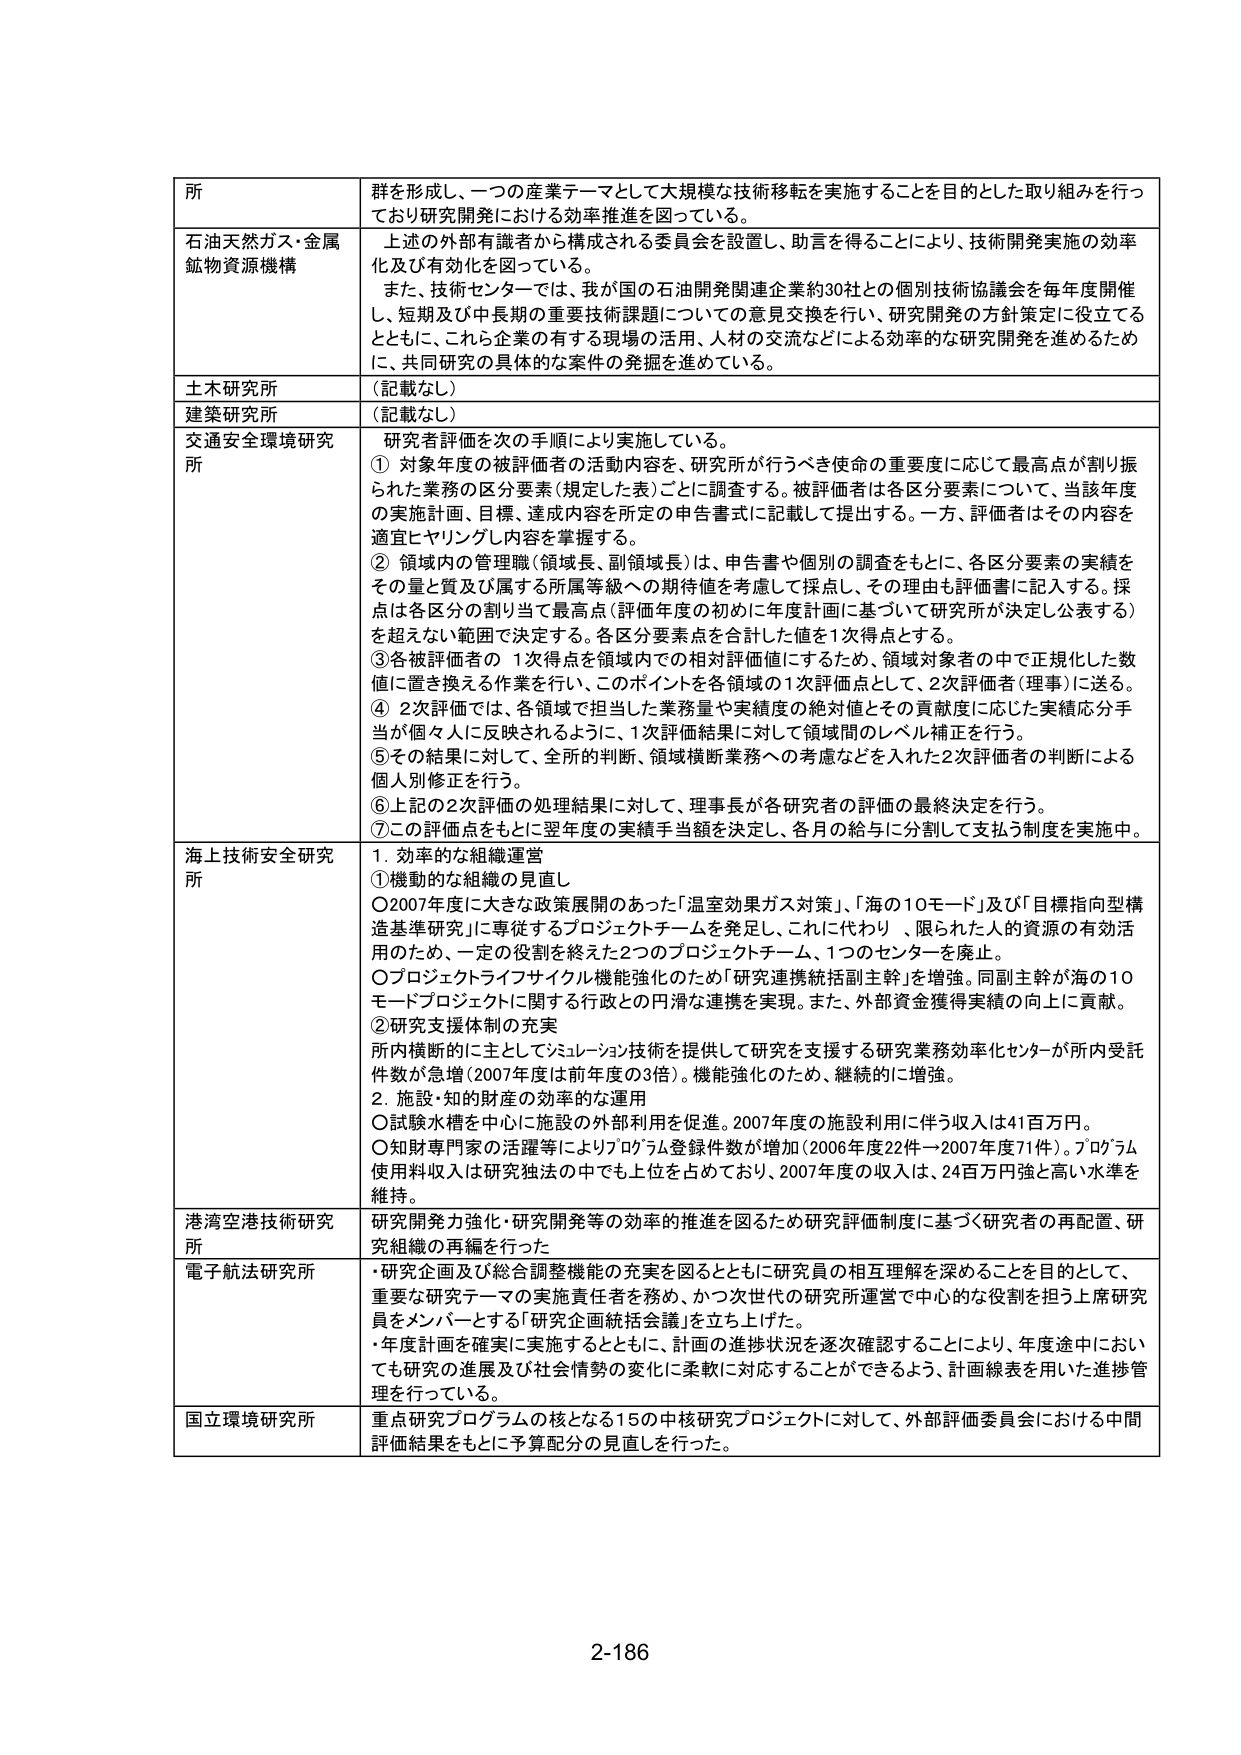
所 群を形成し、一つの産業テーマとして大規模な技術移転を実施することを目的とした取り組みを行っており研究開発における効率推進を図っている。

石油天然ガス・金属鉱物資源機構 上述の外部有識者から構成される委員会を設置し、助言を得ることにより、技術開発実施の効率化及び有効化を図っている。 また、技術センターでは、我が国の石油開発関連企業約30社との個別技術協議会を毎年度開催し、短期及び中長期の重要技術課題についての意見交換を行い、研究開発の方針策定に役立てるとともに、これら企業の有する現場の活用、人材の交流などによる効率的な研究開発を進めるために、共同研究の具体的な案件の発掘を進めている。

土木研究所 （記載なし）

建築研究所 （記載なし）

交通安全環境研究所 研究者評価を次の手順により実施している。 ① 対象年度の被評価者の活動内容を、研究所が行うべき使命の重要度に応じて最高点が割り振られた業務の区分要素（規定した表）ごとに調査する。被評価者は各区分要素について、当該年度の実施計画・目標、達成内容を所定の申告書式に記載して提出する。一方、評価者はその内容を適宜ヒヤリングし内容を掌握する。 ② 領域内の管理職（領域長、副領域長）は、申告書や個別の調査をもとに、各区分要素の実績をその量と質及び属する所属等級への期待値を考慮して採点し、その理由も評価書に記入する。採点は各区分の割り当て最高点（評価年度の初めに年度計画に基づいて研究所が決定し公表する）を超えない範囲で決定する。各区分要素点を合計した値を1次得点とする。 ③ 各被評価者の1次得点を領域内での相対評価値にするため、領域対象者の中で正規化した数値に置き換える作業を行い、このポイントを各領域の1次評価点として、2次評価者（理事）に送る。 ④ 2次評価では、各領域で担当した業務量や実績度の絶対値とその貢献度に応じた実績応分手当が個々人に反映されるように、1次評価結果に対して領域間のレベル補正を行う。 ⑤ その結果に対して、全所の判断、領域横断業務への考慮などを入れた2次評価者の判断による個人別修正を行う。 ⑥ 上記の2次評価の処理結果に対して、理事長が各研究者の評価の最終決定を行う。 ⑦ この評価点をもとに翌年度の実績手当額を決定し、各月の給与に分割して支払う制度を実施中。

海上技術安全研究所 1. 効率的な組織運営 ① 機動的な組織の見直し ○ 2007年度に大きな政策展開のあった「温室効果ガス対策」、「海の10モード」及び「目標指向型構造基本研究」に専従するプロジェクトチームを発足し、これに代わり、限られた人的資源の有効活用のため、一定の役割を終えた2つのプロジェクトチーム、1つのセンターを廃止。 ○ プロジェクトライフサイクル機能強化のため「研究連携統括副主幹」を増強。同副主幹が海の10モードプロジェクトに関する行政との円滑な連携を実現。また、外部資金獲得実績の向上に貢献。 ② 研究支援体制の充実 所内横断的に主としてシミュレーション技術を提供して研究を支援する研究業務効率化センターが所内受託件数が急増（2007年度は前年度の3倍）。機能強化のため、継続的に増強。 2. 施設・知的財産の効率的な運用 ○ 試験水槽を中心に施設の外部利用を促進。2007年度の施設利用に伴う収入は41百万円。 ○ 知財専門家の活躍等によりプログラム登録件数が増加（2006年度22件→2007年度71件）。プログラム使用料収入は研究独法の中でも上位を占めており、2007年度の収入は、24百万円強と高い水準を維持。

港湾空港技術研究所 研究開発力強化・研究開発等の効率的推進を図るため研究評価制度に基づく研究者の再配置、研究組織の再編を行った

電子航法研究所 ・研究企画及び総合調整機能の充実を図るとともに研究員の相互理解を深めることを目的として、重要研究テーマの実施責任者を務め、かつ次世代の研究所運営で中心的な役割を担う上席研究員をメンバーとする「研究企画統括会議」を立ち上げた。 ・年度計画を確実に実施するとともに、計画の進捗状況を逐次確認することにより、年度途中においても研究の進展及び社会情勢の変化に柔軟に対応することができるよう、計画線表を用いた進捗管理を行っている。

国立環境研究所 重点研究プログラムの核となる15の中核研究プロジェクトに対して、外部評価委員会における中間評価結果をもとに予算配分の見直しを行った。

2-186